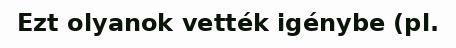
Ezt olyanok vették igénybe (pl.